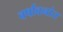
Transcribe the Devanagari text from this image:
वर्षावनांत